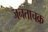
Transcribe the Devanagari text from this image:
जनताचक्र